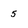
Character: 5